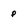
Character: P